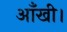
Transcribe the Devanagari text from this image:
आँखी।